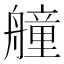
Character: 艟